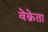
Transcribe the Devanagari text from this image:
वेक्रेता